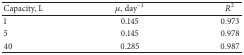
<table><thead><tr><td><b>Capacity, L</b></td><td><b><i>μ</i>, day<sup>−1</sup></b></td><td><b><i>R</i><sup>2</sup></b></td></tr></thead><tbody><tr><td>1</td><td>0.145</td><td>0.973</td></tr><tr><td>5</td><td>0.145</td><td>0.978</td></tr><tr><td>40</td><td>0.285</td><td>0.987</td></tr></tbody></table>